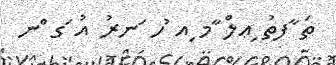
ތަ ާފތު ިޢލް ާމ ިއ ުހ ަނރު އު ަގ ްނ